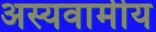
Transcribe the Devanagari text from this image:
अस्यवामीय